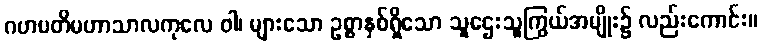
ဂဟပတိမဟာသာလကုလေ ဝါ၊ များသော ဥစ္စာနှစ်ရှိသော သူဌေးသူကြွယ်အမျိုး၌ လည်းကောင်း။